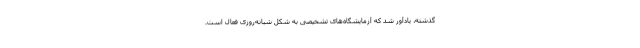
گذشته، یادآور شد که آزمایشگاه‌های تشخیصی به شکل شبانه‌روزی فعال است.